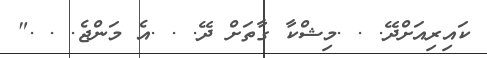
ކައިރިއަށްދޭ. . .މިޝްކާ ގާތަށް ދޭ. . .އެ މަންޖެ. . ."